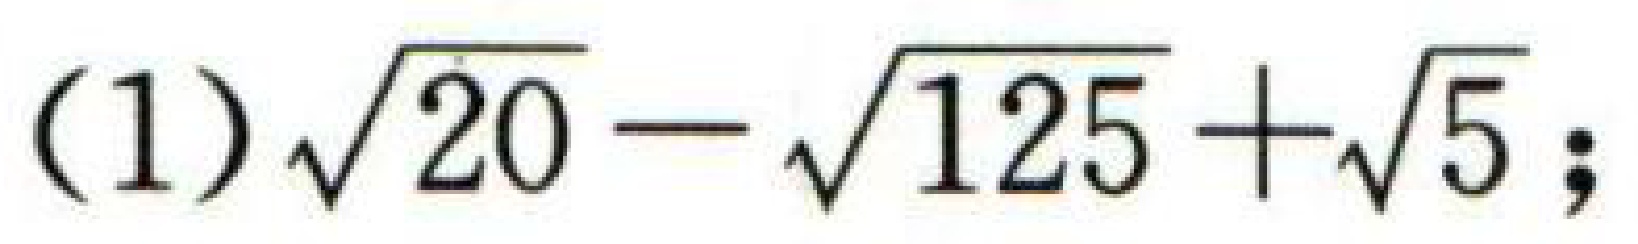
\(\sqrt{20}-\sqrt{125}+\sqrt{5}\)